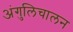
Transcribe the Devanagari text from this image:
अंगुलिचालन